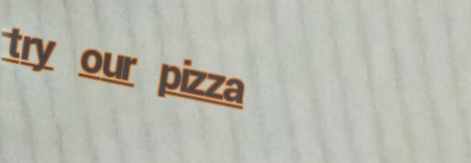
try our pizza